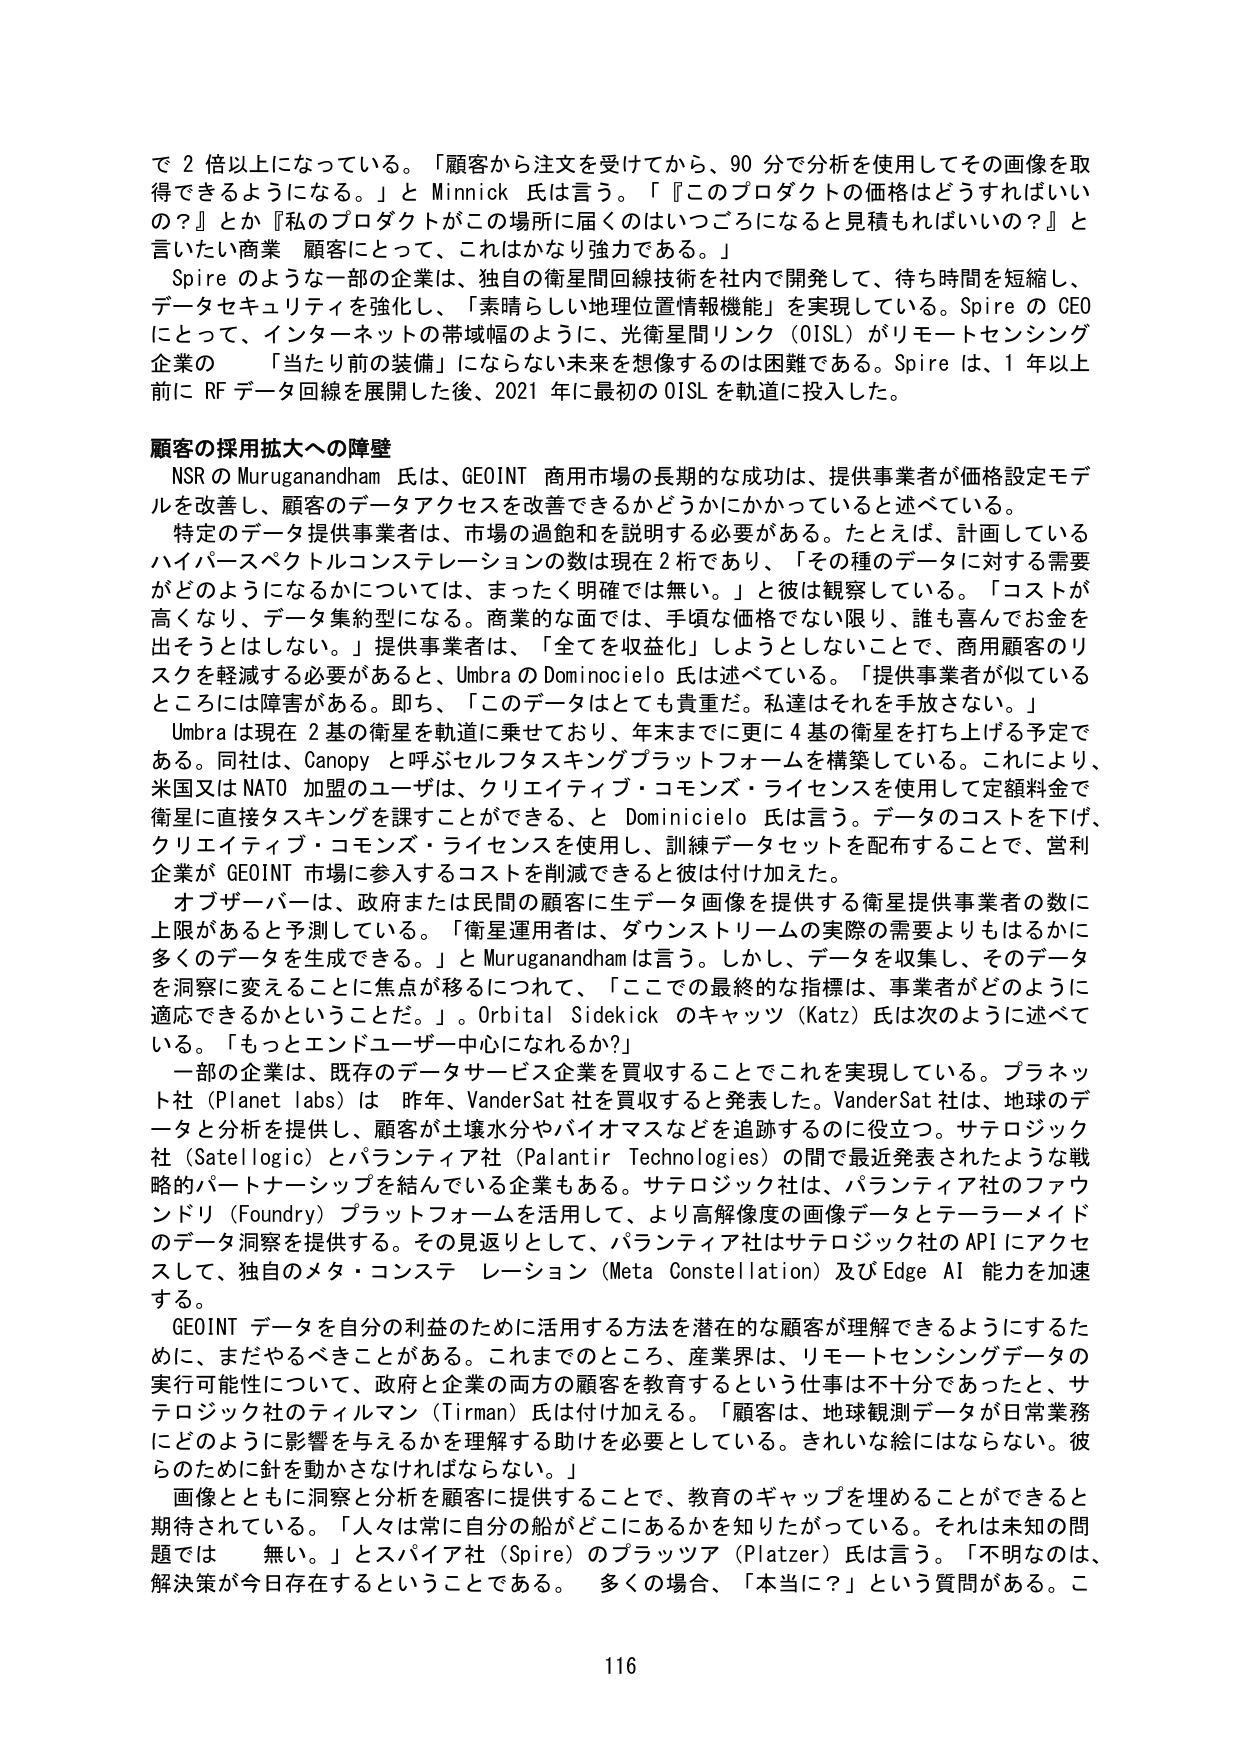
で２倍以上になっている。「顧客から注文を受けてから、90分で分析を使用してその画像を取得できるようになる。」とMinnick氏は言う。「『このプロダクトの価格はどうすればいいの？』とか『私のプロダクトがこの場所に届くのはいつごろになると見積もればいいの？』と言いたい商業顧客にとって、これはかなり強力である。」

Spireのような一部の企業は、独自の衛星間回線技術を社内で開発して、待ち時間を短縮し、データセキュリティを強化し、「素晴らしい地理位置情報機能」を実現している。SpireのCEOにとって、インターネットの帯域幅のように、光衛星間リンク（OISL）がリモートセンシング企業の「当たり前の装備」にならない未来を想像するのは困難である。Spireは、1年以上前にRFデータ回線を展開した後、2021年に最初のOISLを軌道に投入した。

顧客の採用拡大への障壁

NSRのMuruganandham氏は、GEOINT商用市場の長期的な成功は、提供事業者が価格設定モデルを改善し、顧客のデータアクセスを改善できるかどうかにかかっていると述べている。

特定のデータ提供事業者は、市場の過飽和を説明する必要がある。たとえば、計画しているハイパースペクトルコンステレーションの数は現在2桁であり、「その種のデータに対する需要がどのようになるかについては、まったく明確では無い。」と彼は観察している。「コストが高くなり、データ集約型になる。商業的な面では、手頃な価格でない限り、誰も喜んでお金を出そうとはしない。」提供事業者は、「全てを収益化」しようとしないことで、商用顧客のリスクを軽減する必要があると、UmbraのDominicielo氏は述べている。「提供事業者が似ているところには障壁がある。即ち、「このデータはとても貴重だ。私達はそれを手放さない。」

Umbraは現在2基の衛星を軌道に乗せており、年末までに更に4基の衛星を打ち上げる予定である。同社は、Canopyと呼ぶセルフタスキングプラットフォームを構築している。これにより、米国又はNATO加盟のユーザは、クリエイティブ・コモンズ・ライセンスを使用して定額料金で衛星に直接タスキングを課すことができる、とDominicielo氏は言う。データのコストを下げ、クリエイティブ・コモンズ・ライセンスを使用し、訓練データセットを配布することで、営利企業がGEOINT市場に参入するコストを削減できると彼は付け加えた。

オブザーバーは、政府または民間の顧客に生データ画像を提供する衛星提供事業者の数に上限があると予測している。「衛星運用者は、ダウンストリームの実際の需要よりもはるかに多くのデータを生成できる。」とMuruganandhamは言う。しかし、データを収集し、そのデータを洞察に変えることに焦点が移るにつれて、「ここでの最終的な指標は、事業者がどのように適応できるかということだ。」Orbital Sidekickのキャッツ（Katz）氏は次のように述べている。「もっとエンドユーザー中心になれるか？」

一部の企業は、既存のデータサービス企業を買収することでこれを実現している。プラネット社（Planet labs）は昨年、VanderSat社を買収すると発表した。VanderSat社は、地球のデータと分析を提供し、顧客が土壌水分やバイオマスなどを追跡するのに役立つ。サテロジック社（Satellogic）とパランティア社（Palantir Technologies）の間で最近発表されたような戦略的パートナーシップを結んでいる企業もある。サテロジック社は、パランティア社のファウンドリ（Foundry）プラットフォームを活用して、より高解像度の画像データとテラーメイドのデータ洞察を提供する。その見返りとして、パランティア社はサテロジック社のAPIにアクセスして、独自のメタ・コンステレーション（Meta Constellation）及びEdge AI能力を加速する。

GEOINTデータを自分の利益のために活用する方法を潜在的な顧客が理解できるようにするためには、まだやるべきことがある。これまでのところ、産業界は、リモートセンシングデータの実行可能性について、政府と企業の両方の顧客を教育するという仕事は不十分であったと、サテロジック社のティルマン（Tirman）氏は付け加える。「顧客は、地球観測データが日常業務にどのように影響を与えるかを理解する助けを必要としている。きれいな絵にはならない。彼らのために針を動かさなければならない。」

画像とともに洞察と分析を顧客に提供することで、教育のギャップを埋めることができると期待されている。「人々は常に自分の船がどこにあるかを知りたがっている。それは未知の問題では無い。」とスパイア社（Spire）のプラッツア（Platzer）氏は言う。「不明なのは、解決策が今日存在するということである。多くの場合、「本当に？」という質問がある。こ

116